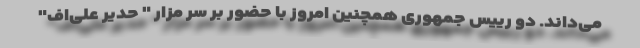
می‌داند. دو رییس جمهوری همچنین امروز با حضور بر سر مزار " حدیر علی‌اف"